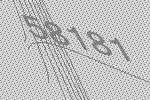
58181